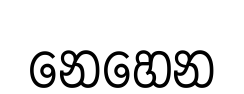
නෙහෙන